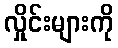
လှိုင်းများကို